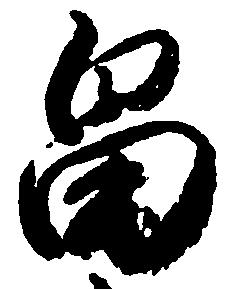
畠